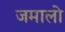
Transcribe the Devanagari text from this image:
जमालो